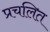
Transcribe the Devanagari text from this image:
प्रचलित